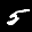
Label: 5